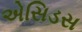
એસિડસ